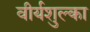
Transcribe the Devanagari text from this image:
वीर्यशुल्का